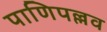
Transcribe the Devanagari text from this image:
पाणिपल्लव